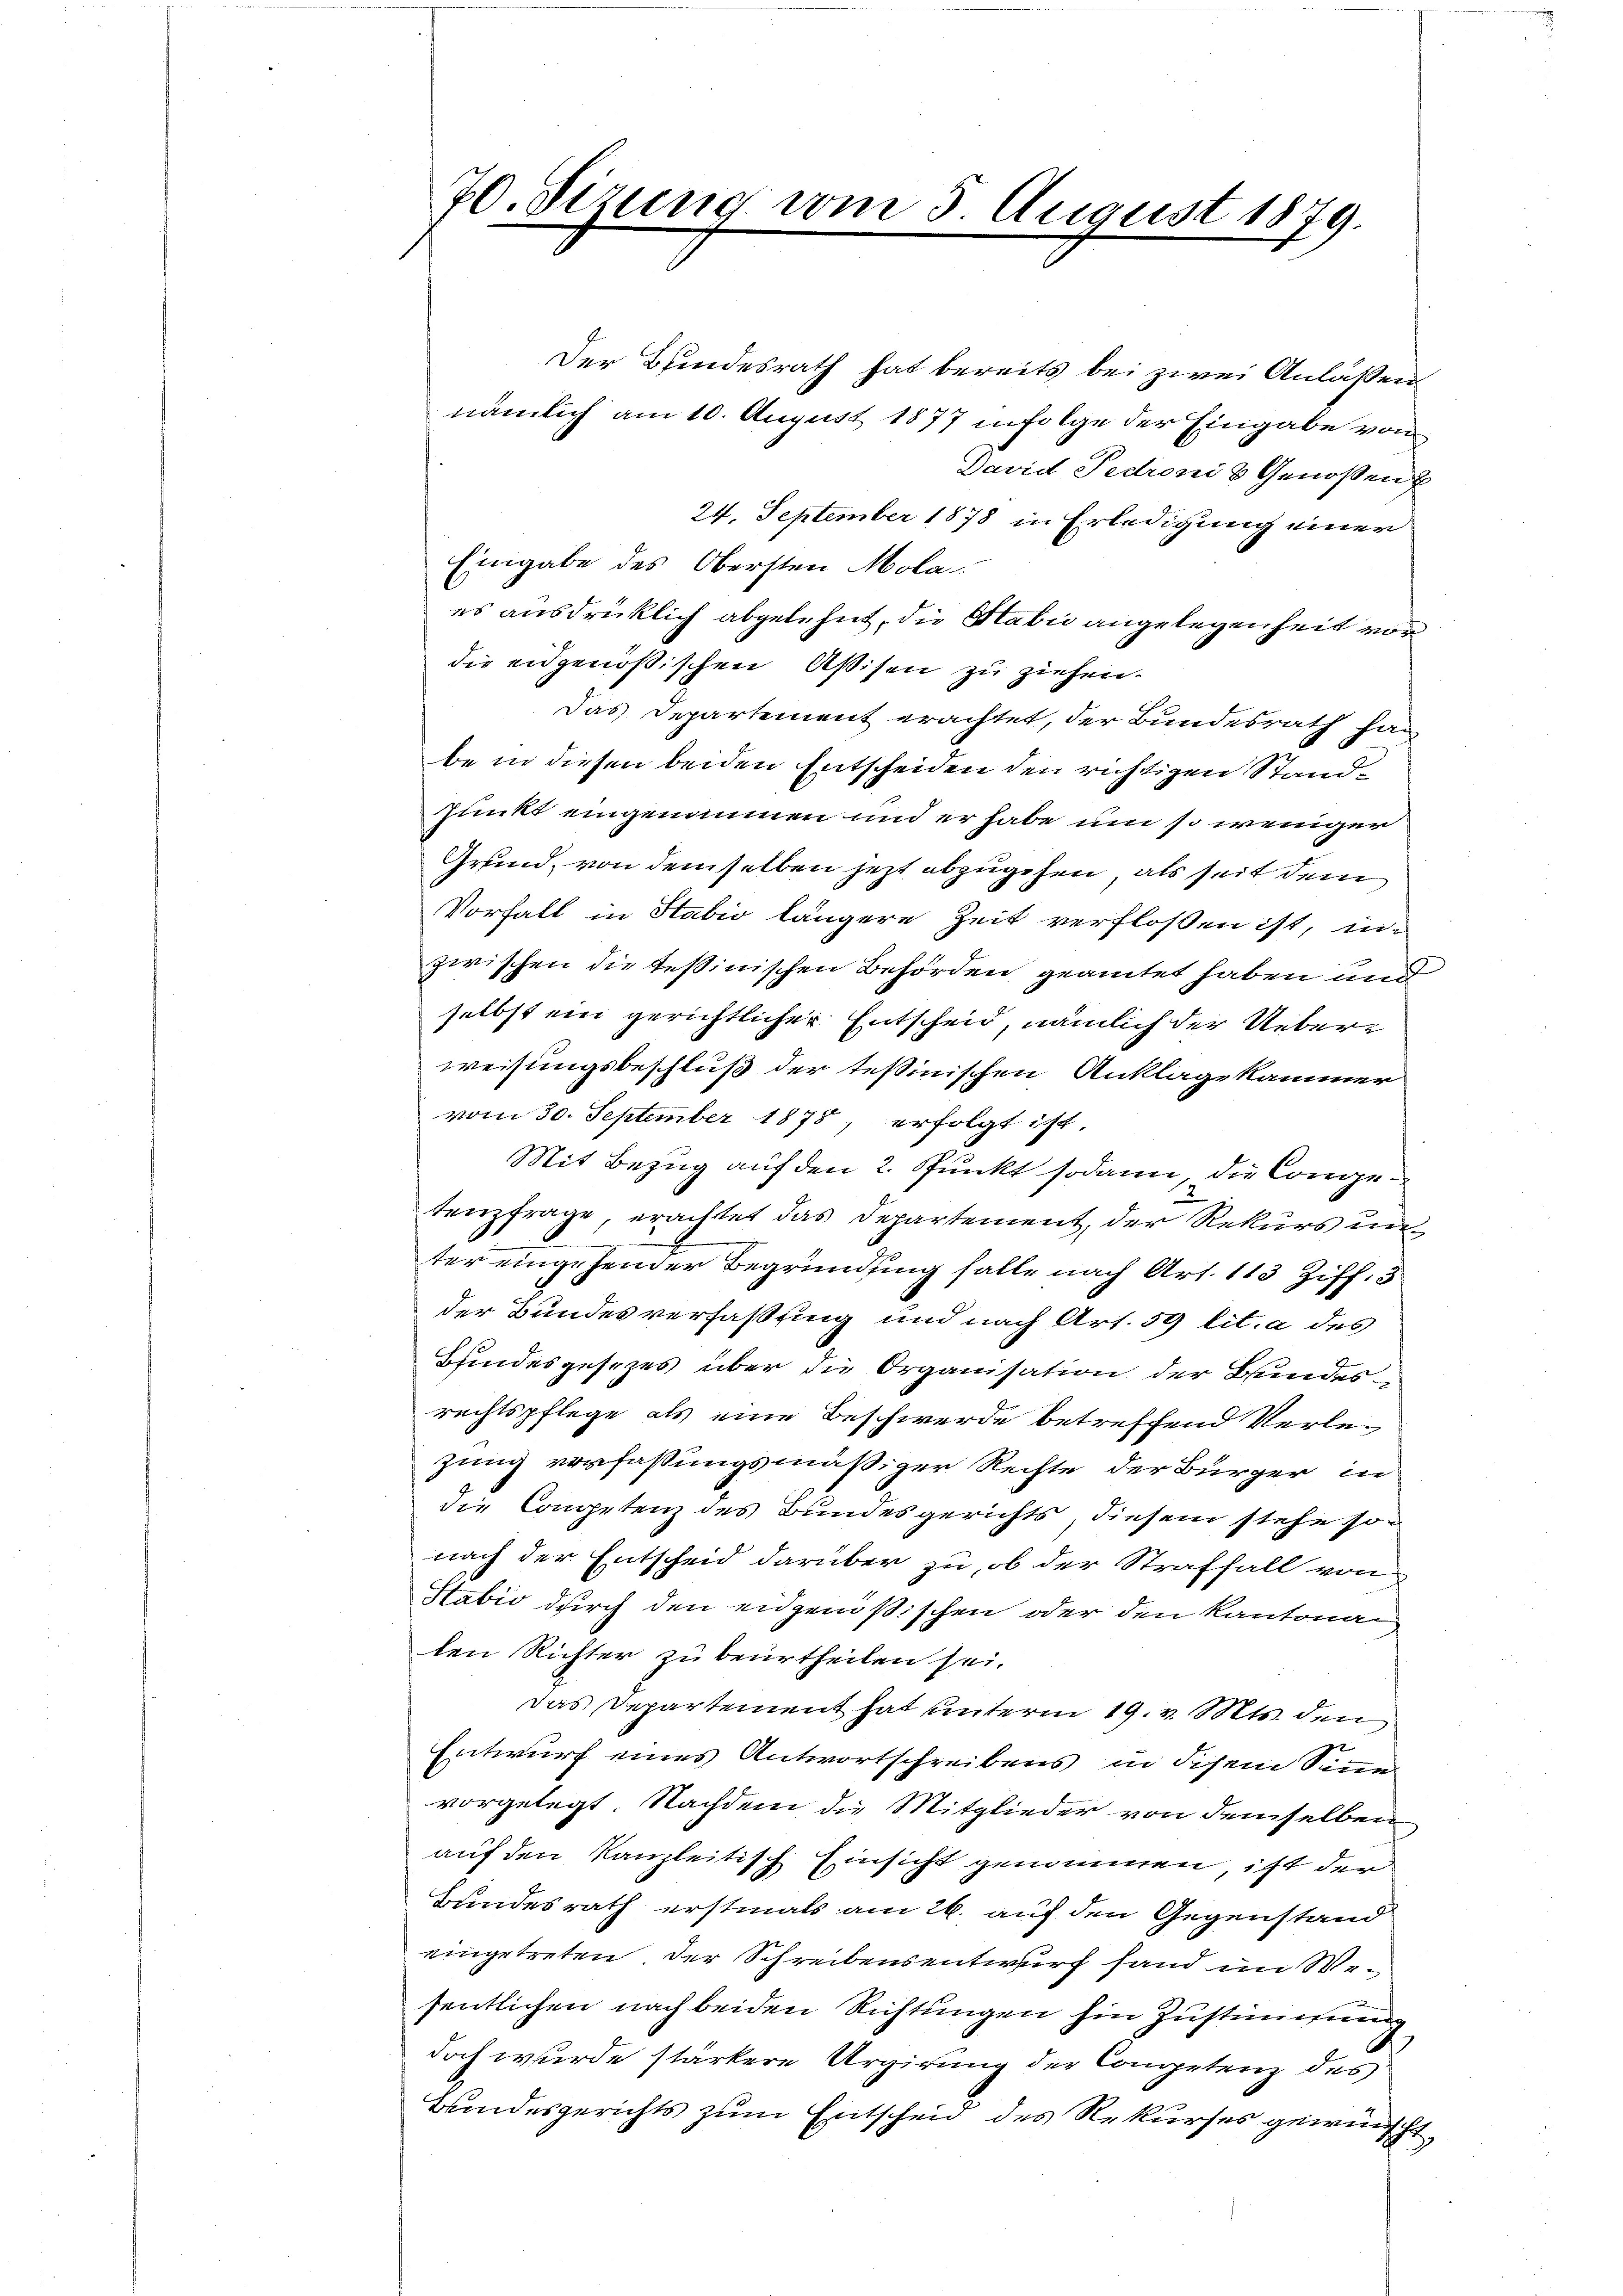
70. Sizung vom 3 August 1879.

Der Bundesrath hat bereits bei zwei Anlaßen
nämlich am 10. August 1877 infolge der Eingabe von
David Pedroni & Genoßen E
24. September 1878 in Erledigung einer
Eingabe des Obersten Mola
es ausdrücklich abgelehnt, die Habić angelegenheit von
die eidgenößischen Aßisen zu ziehen.
Das Departement erachtet, der Bundesrath hier
be in diesen beiden Entscheiden den richtigen Stand¬
Punkt eingenommen und er habe um so weniger
Grund, von demselben jetzt abzugehen, als seit dem
Vorfalt in Stabio längere Zeit verfloßen ist, in
zwischen die tessinischen Behörden geamtet haben und
selbst ein gerichtlicher Entscheid, nämlich der Ueberweisungsbeschluß der tessinischen Anklagskammer
vom 30. September 1875, erfolgt ist.
Mit Bezug auf den 2. Punkt sodann, die Congetenzfrage, erachtet das Departement, der Rekurs unter eingehender Begründung falle nach Art. 113 Ziff. 3
der Bundesverfaßung und nach Art. 59 lit. a des
Bundesgesezes über die Organisation der Bundesrechtspflege als eine Beschwerde betreffend Verlezung verfaßungsmäßiger Rechte der Bürger in
die Competenz des Bundesgerichts diesem stehe sonach der Entscheid darüber zu, ob der Straffall von
Stabić durch den eidgenößischen oder den Kantonan
len Richter zu beurtheilen sei.
Das Departement hat unterm 19. v. Mts. den
Entwurf eines Antwortschreibens in diesem Sinne
vorgelegt. Nachdem die Mitglieder von demselben
auf den Kanzleitisch Einsicht genommen, ist der
Bundesrath erstmals am 26. auf den Gegenstand
eingetreten der Schreibensentwurf fand im Wesentlichen nach beiden Richtungen hin Zustimmung
doch wurde stärkere Urgirung der Competenz des
Bundesgerichts zum Entscheid des Rekurses gewünscht